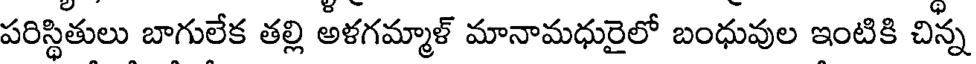
పరిస్థితులు బాగులేక తల్లి అళగమ్మాళ్ మానామధురైలో బంధువుల ఇంటికి చిన్న